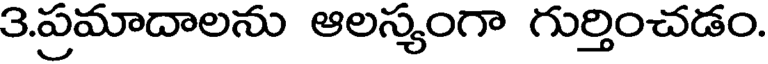
3.ప్రమాదాలను ఆలస్యంగా గుర్తించడం.